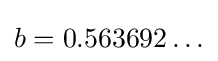
b=0.563692\ldots